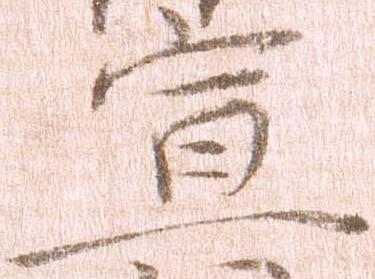
宣